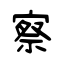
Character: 察